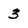
Character: 3